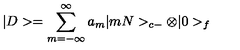
| D > = \sum _ { m = - \infty } ^ { \infty } a _ { m } | m N > _ { c - } \otimes | 0 > _ { f }